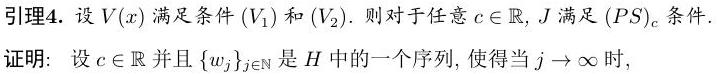
引理4. 设$V(x)$满足条件$(V_1)$和$(V_2)$. 则对于任意$c\in\mathbb{R}$, $J$满足$(PS)_c$条件.

证明: 设$c\in\mathbb{R}$并且$\{w_j\}_{j\in\mathbb{N}}$是$H$中的一个序列, 使得当$j\to\infty$时,